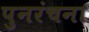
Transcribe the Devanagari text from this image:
पुनरंचना